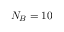
N _ { B } = 1 0